Lunatic asylums Madras 1877-1891 - 1877-1891
Year: 1877
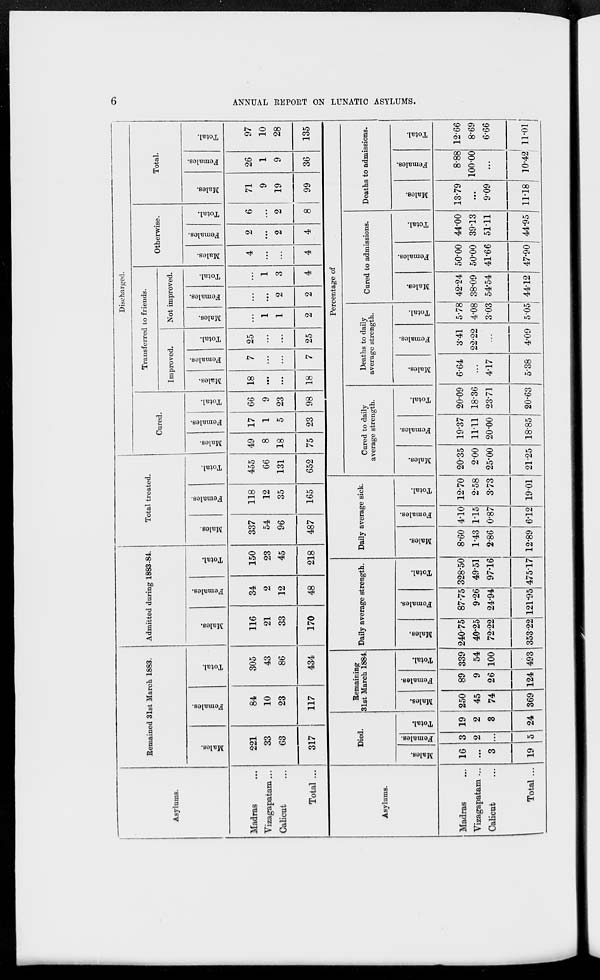
6
ANNUAL REPORT ON LUNATIC ASYLUMS.
Asylums.
Madras ...
Vizagapatam...
Calicut ...
Total ...
Remained 31st March 1883.
Males.
221
33
63
317
Females.
84
10
23
117
Total.
305
43
86
434
Admitted during 1883-84.
Males.
116
21
33
170
Females.
34
2
12
48
Total.
150
23
45
218
Total treated.
Males.
337
54
96
487
Females.
118
12
35
165
Total.
455
66
131
652
Discharged.
Cured.
Males.
49
8
18
75
Females.
17
1
5
23
Total.
66
9
23
98
Transferred to friends.
Improved.
Males.
18
...
...
18
Females.
7
...
...
7
Total.
25
...
...
25
Not improved.
Males.
...
1
1
2
Females.
...
...
2
2
Total.
...
1
3
4
Otherwise.
Males.
4
...
...
4
Females.
2
...
2
4
Total.
6
...
2
8
Total.
Males.
71
9
19
99
Females.
26
1
9
36
Total.
97
10
28
135
Asylums.
Madras ...
Vizagapatam ...
Calicut ...
Total ...
Died.
Males.
16
...
3
19
Females.
3
2
...
5
Total.
19
2
3
24
Remaining
31st March 1884.
Males.
250
45
74
369
Females.
89
9
26
124
Total.
339
54
100
493
Daily average strength.
Males.
240.75
40.25
72.22
353.22
Females.
87.75
9.26
24.94
121.95
Total.
328.50
49.51
97.16
475.17
Daily average sick.
Males.
8.60
1.43
2.86
12.89
Females.
4.10
1.15
0.87
6.12
Total.
12.70
2.58
3.73
19.01
Percentage of
Cured to daily
average strength.
Males.
20.35
2.00
25.00
21.25
Females.
19.37
11.11
20.00
18.85
Total.
20.09
18.36
23.71
20.63
Deaths to daily
average strength.
Males.
6.64
...
4.17
5.38
Females.
3.41
22.22
...
4.09
Total.
5.78
4.08
3.03
5.05
Cured to admissions.
Males.
42.24
38.09
54.54
44.12
Females.
50.00
50.00
41.66
47.90
Total.
44.00
39.13
51.11
44.95
Deaths to admissions.
Males.
13.79
...
9.09
11.18
Females.
8.88
100.00
...
10.42
Total.
12.66
8.69
6.66
11.01